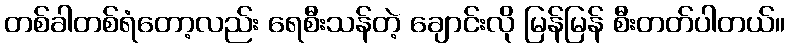
တစ်ခါတစ်ရံတော့လည်း ရေစီးသန်တဲ့ ချောင်းလို မြန်မြန် စီးတတ်ပါတယ်။